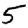
Digit: 5